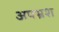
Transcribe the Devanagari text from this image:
अपभ्रश